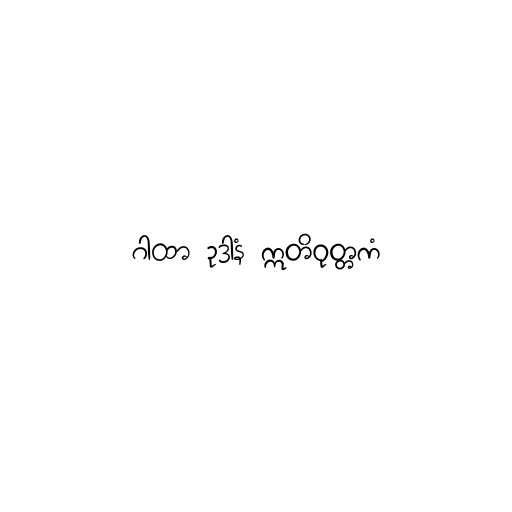
ဂါထာ ဥဒာနံ ဣတိဝုတ္တကံ